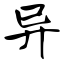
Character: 异